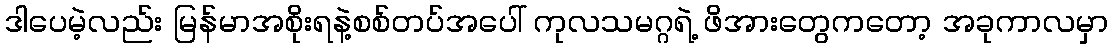
ဒါပေမဲ့လည်း မြန်မာအစိုးရနဲ့စစ်တပ်အပေါ် ကုလသမဂ္ဂရဲ့ ဖိအားတွေကတော့ အခုကာလမှာ